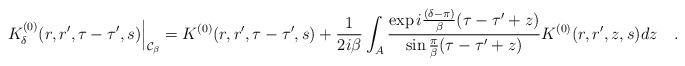
LaTeX: \begin{align*}\left. K^{(0)}_{\delta}(r,r',\tau-\tau',s)\right|_{{\cal C}_\beta}=K^{(0)}(r,r',\tau-\tau',s)+{1 \over 2i\beta}\int_{A}{\exp i{(\delta-\pi) \over \beta}(\tau-\tau'+z) \over \sin{\pi \over \beta}(\tau-\tau'+z)} K^{(0)}(r,r',z,s)dz~~~.\end{align*}